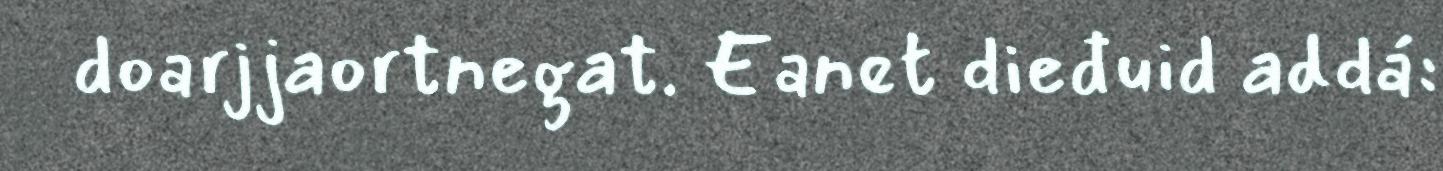
doarjjaortnegat. Eanet dieđuid addá: